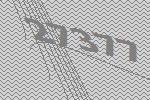
27377